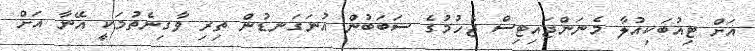
އަށް ޓިއުބަކިއުލާ މެނަންޖައިޓިސް ޖެހުމުގެ ސަބަބުން އުނަގަނޑުން ތިރި ވާގިނެތުމަކީ އޭނާ އަށް